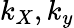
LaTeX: k_{X},k_{y}